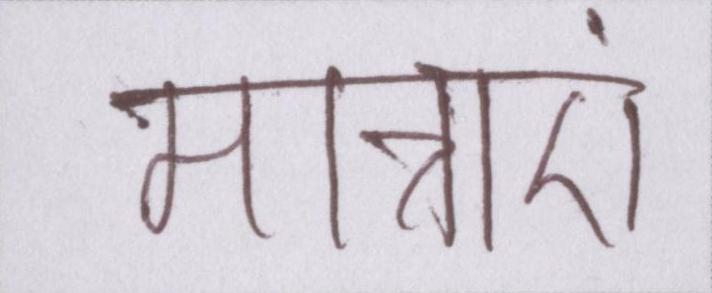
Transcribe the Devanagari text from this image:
मात्राएं